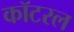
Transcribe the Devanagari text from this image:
कॉटरल